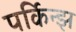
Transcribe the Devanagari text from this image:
पर्किन्झ